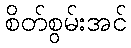
စိတ်စွမ်းအင်